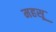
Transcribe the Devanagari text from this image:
महसू